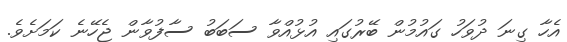
އެހާ ގިނަ ދުވަހު ގައުމުން ބޭރުގައި އުޅުއްވާ ސަބަބު ސާފުވާން ޖެހޭނެ ކަމަށެވެ.